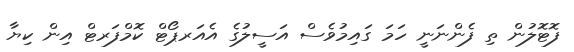
ފޮޓޮލުން ތި ފެންނަނީ ހަމަ ގައިމުވެސް އަސީލުގެ އެއަރޕޯޓް ކޮމްފަރޓް އިން ކިޔާ